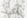
يتكون